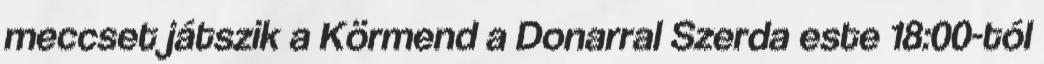
meccset játszik a Körmend a Donarral Szerda este 18:00-tól